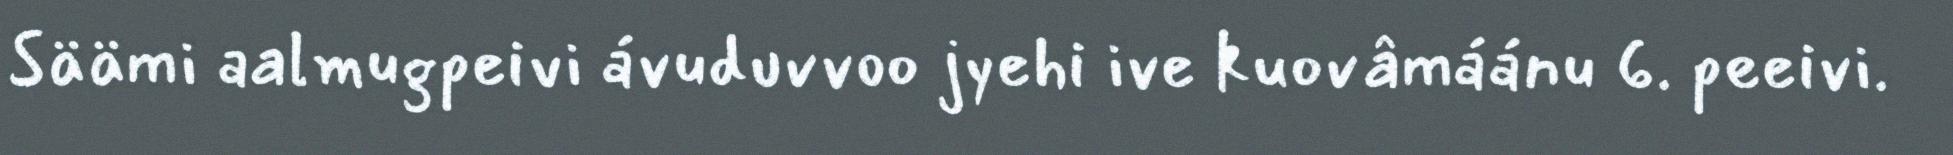
Säämi aalmugpeivi ávuduvvoo jyehi ive kuovâmáánu 6. peeivi.